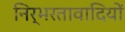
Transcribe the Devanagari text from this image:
निर्भरतावादियों